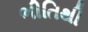
ભીતિથી